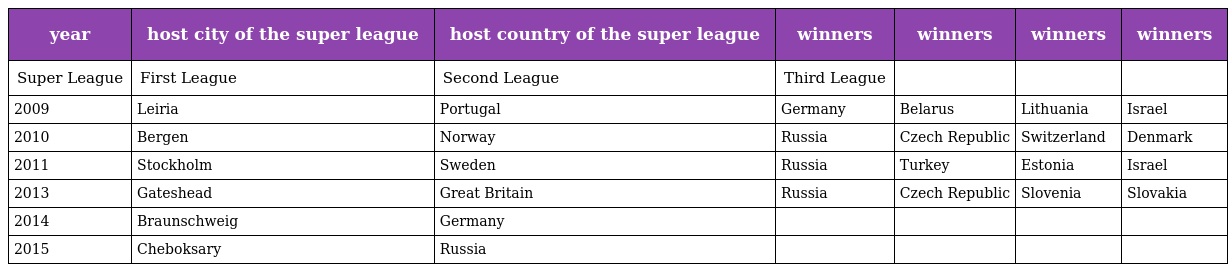
| year | host city of the super league | host country of the super league | winners | winners | winners | winners |
 | --- | --- | --- | --- | --- | --- | --- |
 | Super League | First League | Second League | Third League |  |  |  |
 | 2009 | Leiria | Portugal | Germany | Belarus | Lithuania | Israel |
 | 2010 | Bergen | Norway | Russia | Czech Republic | Switzerland | Denmark |
 | 2011 | Stockholm | Sweden | Russia | Turkey | Estonia | Israel |
 | 2013 | Gateshead | Great Britain | Russia | Czech Republic | Slovenia | Slovakia |
 | 2014 | Braunschweig | Germany |  |  |  |  |
 | 2015 | Cheboksary | Russia |  |  |  |  |